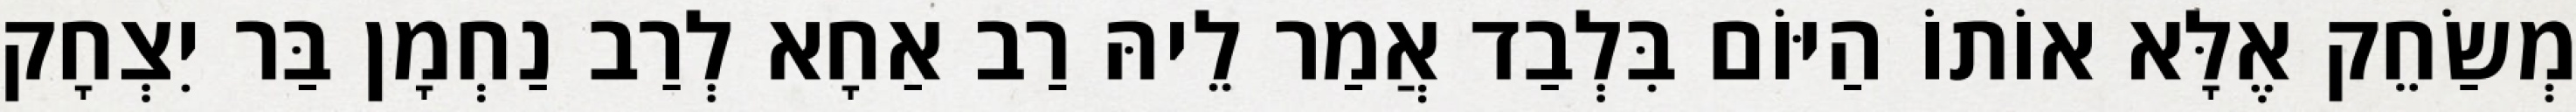
מְשַׂחֵק אֶלָּא אוֹתוֹ הַיּוֹם בִּלְבַד אֲמַר לֵיהּ רַב אַחָא לְרַב נַחְמָן בַּר יִצְחָק